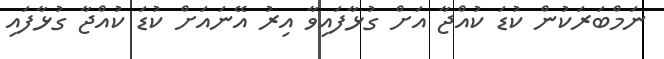
ނަމްބަރަކުން ކުޑަ ކުއްޖާ އަށް ގުޅާފައިވާ އިރު އޭނައަށް ކުޑަ ކުއްޖާ ގުޅާފައި